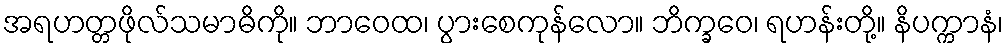
အရဟတ္တဖိုလ်သမာဓိကို။ ဘာဝေထ၊ ပွားစေကုန်လော။ ဘိက္ခဝေ၊ ရဟန်းတို့။ နိပက္ကာနံ၊